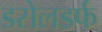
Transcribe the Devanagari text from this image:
डसेलडर्फ